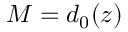
{ M = d _ { 0 } ( z ) }